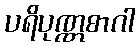
ပရိပုဏ္ဏစာဂါ